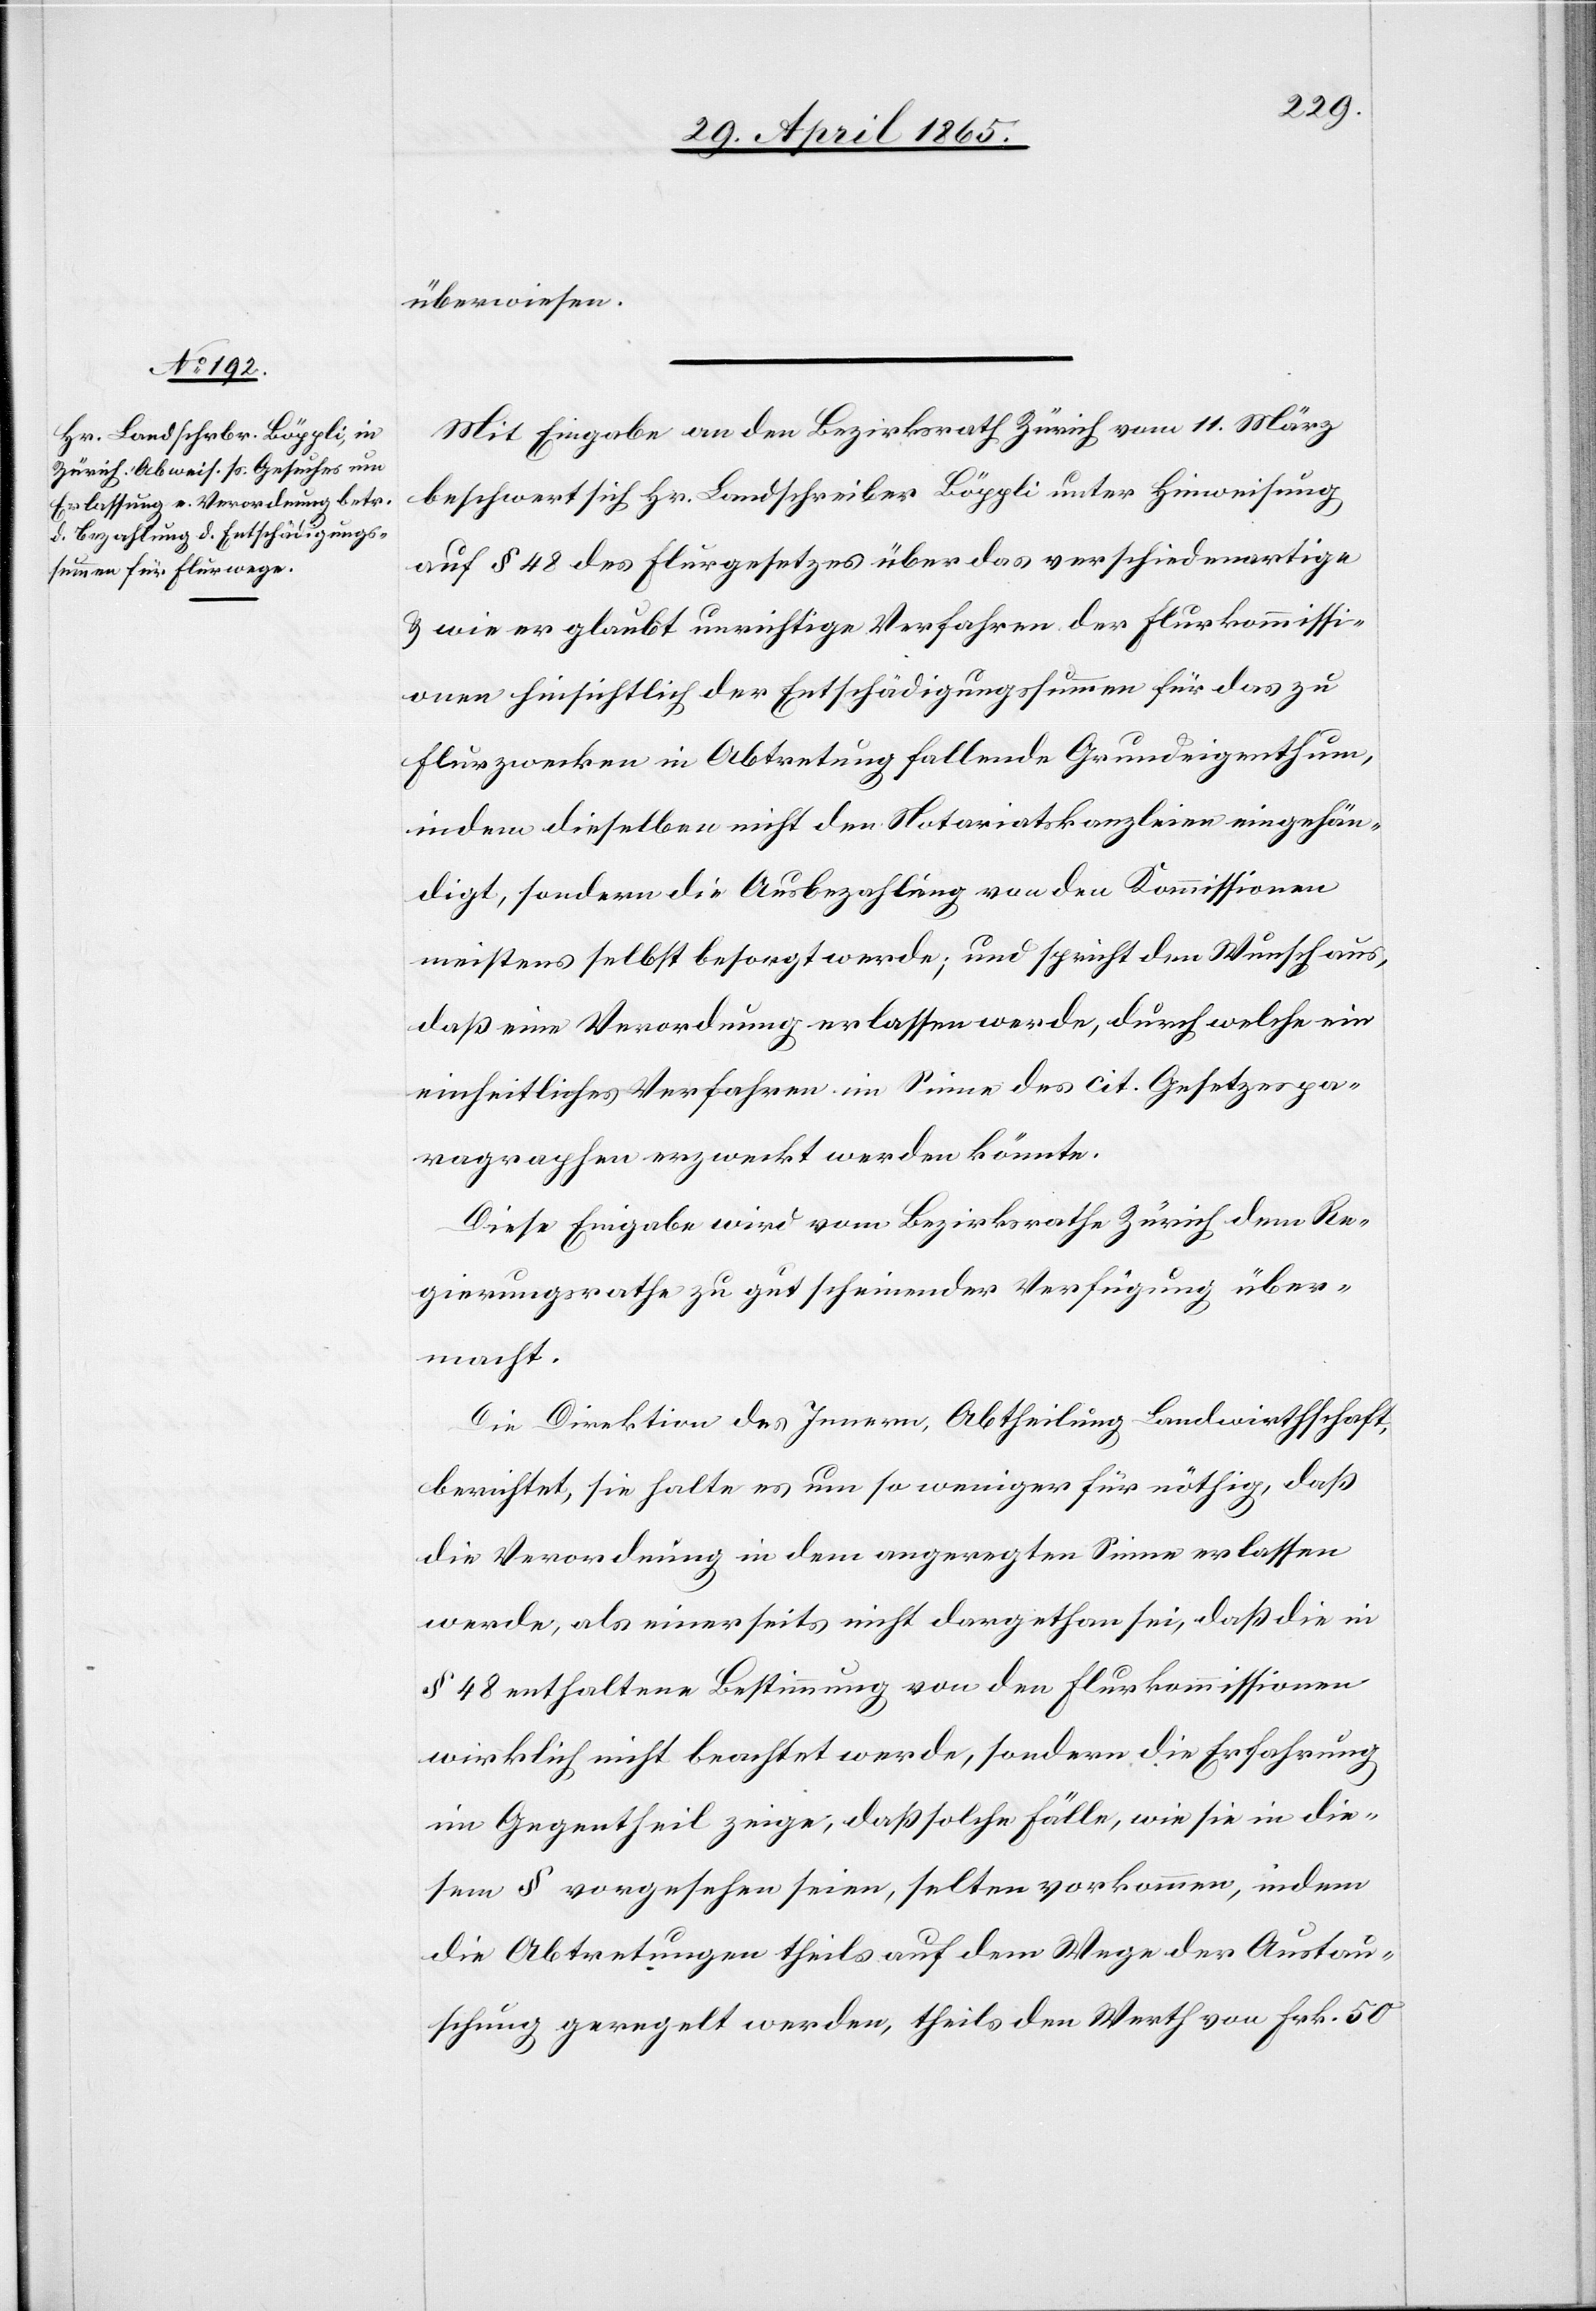
überwiesen.
Mit Eingabe an den Bezirksrath Zürich vom 11. März
beschwert sich Hr. Landschreiber Böppli unter Hinweisung
auf § 48 des Flurgesetzes über das verschiedenartige
& wie er glaubt unrichtige Verfahren der Flurkommissi¬
onen hinsichtlich der Entschädigungssummen für das zu
Flurzwecken in Abtretung fallende Grundeigenthum,
indem dieselben nicht den Notariatskanzleien eingehän¬
digt, sondern die Ausbezahlung von den Kommissionen
meistens selbst besorgt werde; und spricht den Wunsch aus,
daß eine Verordnung erlassen werde, durch welche ein
einheitliches Verfahren im Sinne des cit. Gesetzespa¬
ragraphen erzweckt werden könnte.
Diese Eingabe wird vom Bezirksrathe Zürich dem Re¬
gierungsrathe zu gut scheinender Verfügung über¬
macht.
Die Direktion der Innern, Abtheilung Landwirthschaft,
berichtet, sie halte es um so weniger für nöthig, daß
die Verordnung in dem angeregten Sinne erlassen
werde, als einerseits nicht dargethan sei, daß die in
§ 48 enthaltene Bestimmung von den Flurkommissionen
wirklich nicht beachtet werde, sondern die Erfahrung
im Gegentheil zeige, daß solche Fälle, wie sie in die¬
sem § vorgesehen seien, selten vorkommen, indem
die Abtretungen theils auf dem Wege der Austau¬
schung geregelt werden, theils den Werth von Frk. 50